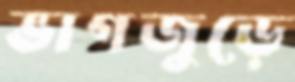
ভাগজুড়ে